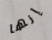
إنها